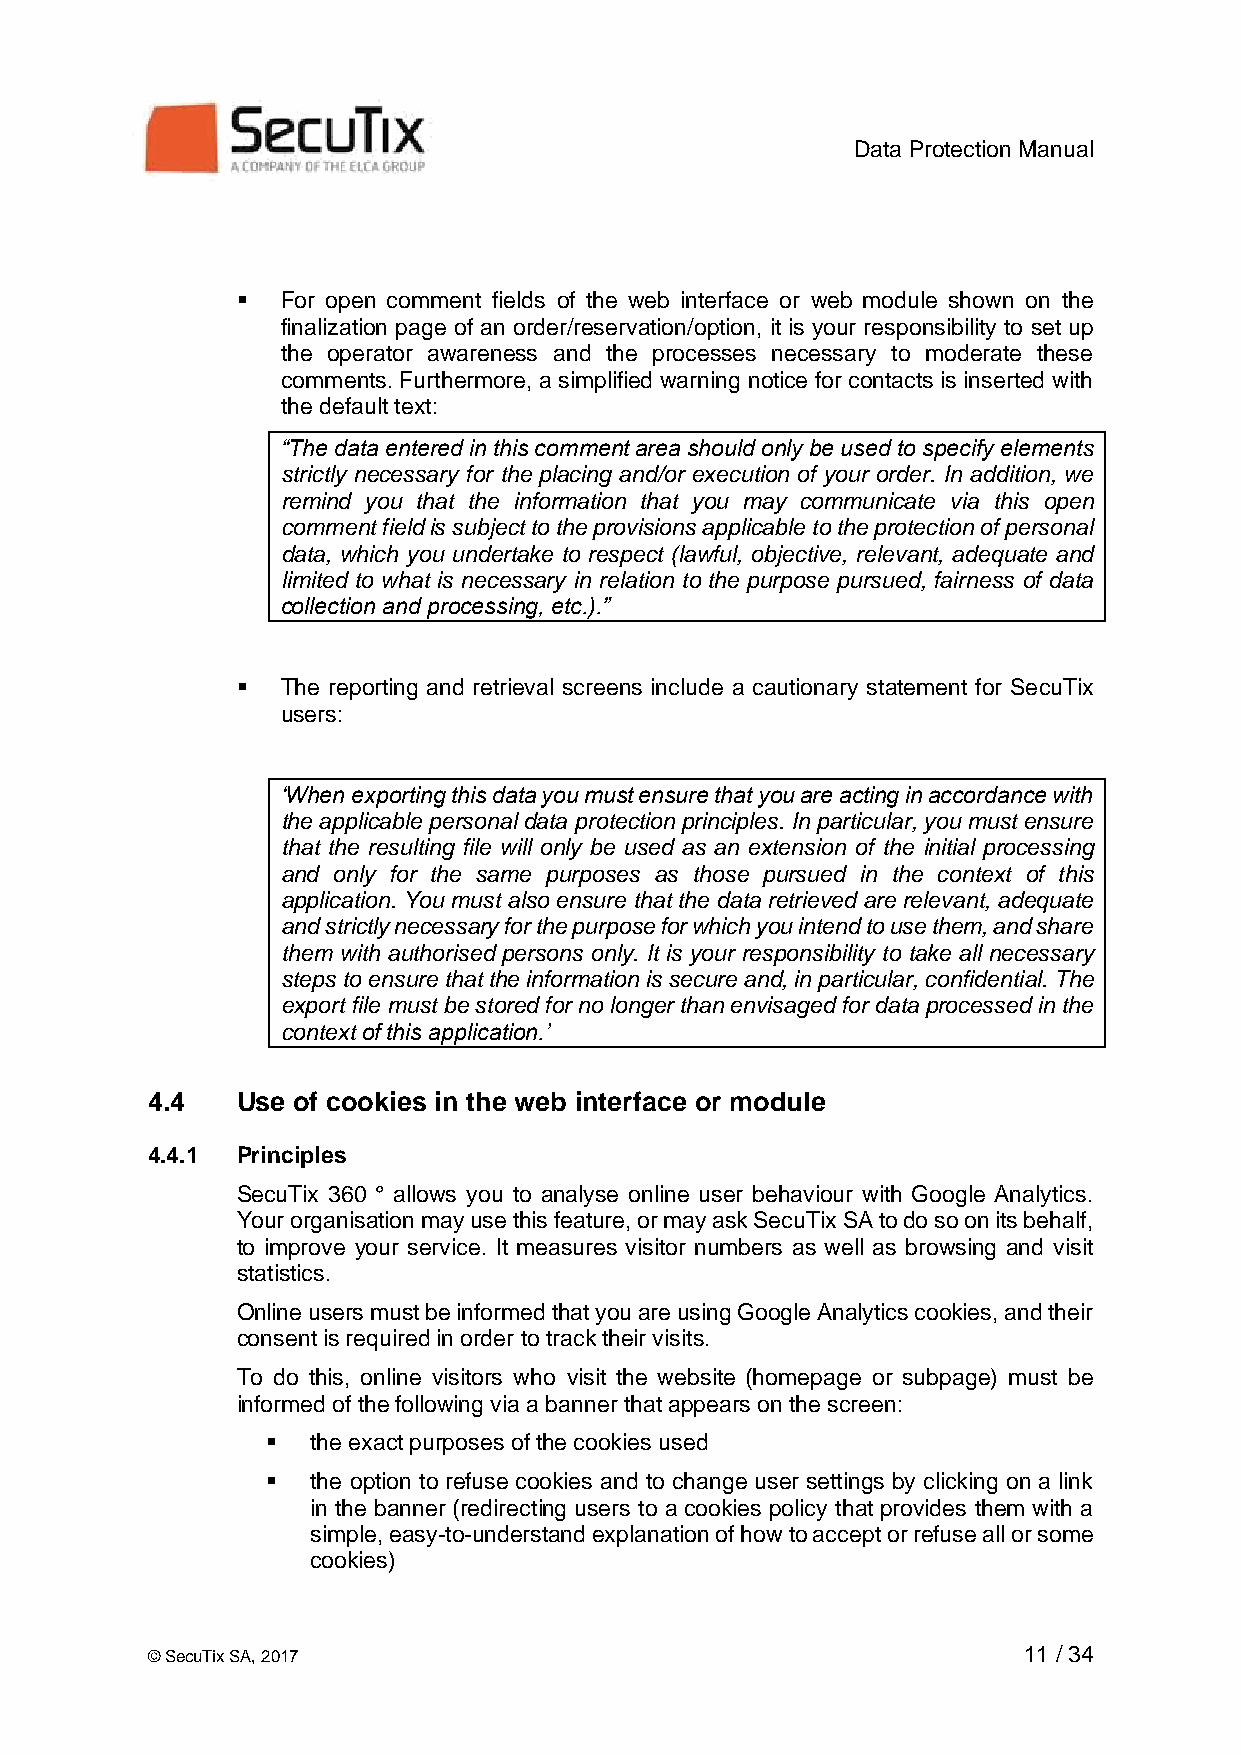
Data Protection Manual
 ▪  For open comment fields of the web interface or web module shown on the
 finalization page of an order/reservation/option, it is your responsibility to set up
 the operator awareness and the processes necessary to moderate these
 comments. Furthermore, a simplified warning notice for contacts is inserted with
 the default text:
 “The data entered in this comment area should only be used to specify elements
 strictly necessary for the placing and/or execution of your order. In addition, we
 remind you that the information that you may communicate via this open
 comment field is subject to the provisions applicable to the protection of personal
 data, which you undertake to respect (lawful, objective, relevant, adequate and
 limited to what is necessary in relation to the purpose pursued, fairness of data
 collection and processing, etc.).”
 ▪  The reporting and retrieval screens include a cautionary statement for SecuTix
 users:
 ‘When exporting this data you must ensure that you are acting in accordance with
 the applicable personal data protection principles. In particular, you must ensure
 that the resulting file will only be used as an extension of the initial processing
 and only for the same purposes as those pursued in the context of this
 application. You must also ensure that the data retrieved are relevant, adequate
 and strictly necessary for the purpose for which you intend to use them, and share
 them with authorised persons only. It is your responsibility to take all necessary
 steps to ensure that the information is secure and, in particular, confidential. The
 export file must be stored for no longer than envisaged for data processed in the
 context of this application.’
 4.4   Use of cookies in the web interface or module
 4.4.1 Principles
 SecuTix 360 ° allows you to analyse online user behaviour with Google Analytics.
 Your organisation may use this feature, or may ask SecuTix SA to do so on its behalf,
 to improve your service. It measures visitor numbers as well as browsing and visit
 statistics.
 Online users must be informed that you are using Google Analytics cookies, and their
 consent is required in order to track their visits.
 To do this, online visitors who visit the website (homepage or subpage) must be
 informed of the following via a banner that appears on the screen:
 ▪  the exact purposes of the cookies used
 ▪  the option to refuse cookies and to change user settings by clicking on a link
 in the banner (redirecting users to a cookies policy that provides them with a
 simple, easy-to-understand explanation of how to accept or refuse all or some
 cookies)
 © SecuTix SA, 2017                                        11 / 34